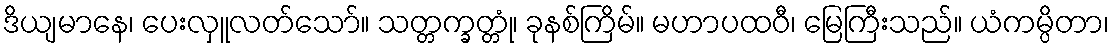
ဒိယျမာနေ၊ ပေးလှူလတ်သော်။ သတ္တက္ခတ္တုံ၊ ခုနစ်ကြိမ်။ မဟာပထဝီ၊ မြေကြီးသည်။ ယံကမ္ပိတာ၊